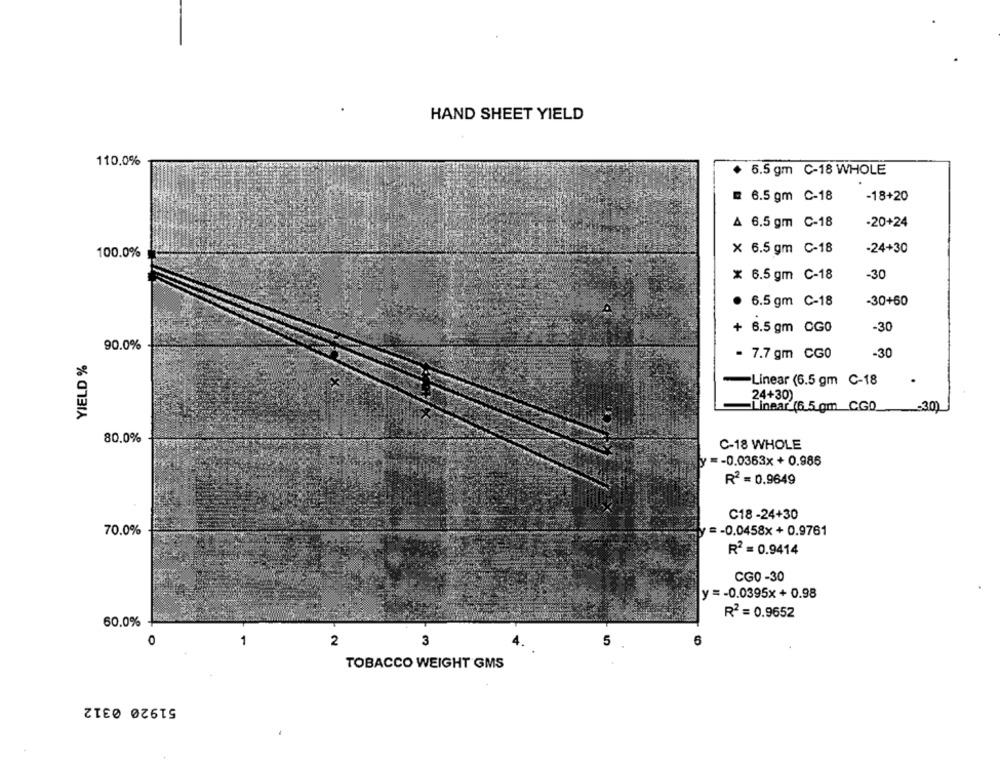
HAND SHEET YIELD
110,0%
5.5 gm C-18 WHOLE
6.5 gm C-18
-18+20
A 6.5 gm C-18
-20+24
× 6.5 gm C-18
-24+30
100.0%
-30
x 6.5 gm C-18
· 6.5 gm C-18
-30+60
+ 6.5 gm CG0
-30
90.0%
YIELD %
- 7.7 gm CG0
-30
-Linear (6.5 gm C-18
24+30)
Linear (6.5 pm CGD
80.0%
C-18 WHOLE
-0.0363x + 0.986
R2 = 0.9649
C18-24+30
70.0%
y =- 0.0458x + 0.9761
R2 = 0.9414
CG0-30
y =- 0.0395x+ 0.98
R2 = 0.9652
60.0%
O
7
2
3
5
6
TOBACCO WEIGHT GMS
51920 0312